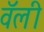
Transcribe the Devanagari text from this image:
वॅली